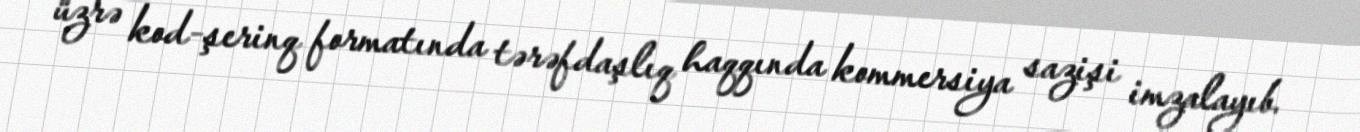
üzrə kod-şerinq formatında tərəfdaşlıq haqqında kommersiya sazişi imzalayıb.